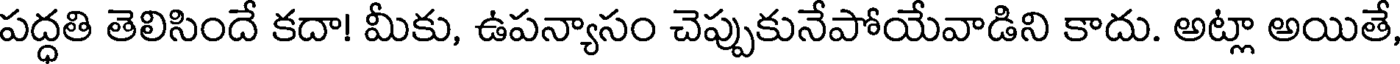
పద్ధతి తెలిసిందే కదా! మీకు, ఉపన్యాసం చెప్పుకునేపోయేవాడిని కాదు. అట్లా అయితే